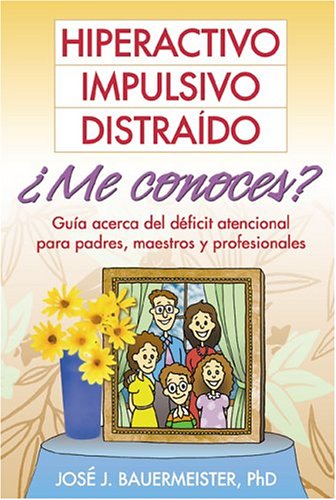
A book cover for Hiperactivo, Impulsivo, DistraÂ¡do ..Me conoces?: GuÂ¡a acerca del dficit atencional para padres, maestros y profesionales; Jose J. Bauermeister; Parenting & Relationships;